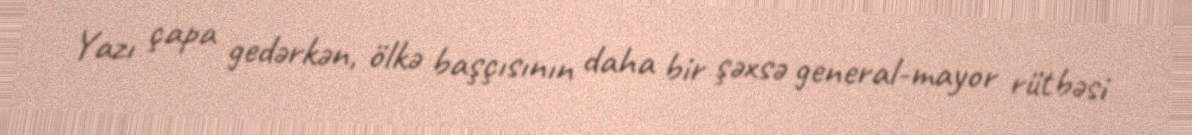
Yazı çapa gedərkən, ölkə başçısının daha bir şəxsə general-mayor rütbəsi